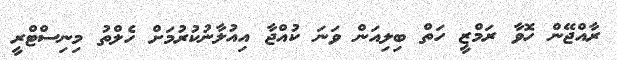
ރާއްޖޭން ހޮވާ ރަމްޒީ ހަތް ބިލިއަން ވަނަ ކުއްޖާ އިއުލާނުކުރުމަށް ހެލްތު މިނިސްޓްރީ